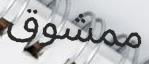
ممشوق